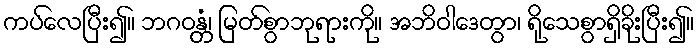
ကပ်လေပြီး၍။ ဘဂဝန္တံ၊ မြတ်စွာဘုရားကို။ အဘိဝါဒေတွာ၊ ရိုသေစွာရှိခိုးပြီး၍။